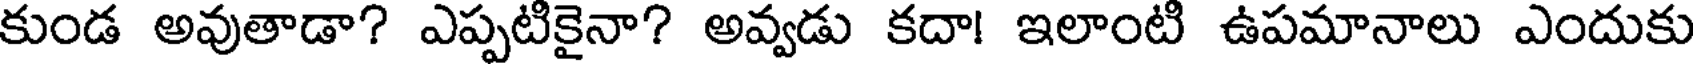
కుండ అవుతాడా? ఎప్పటికైనా? అవ్వడు కదా! ఇలాంటి ఉపమానాలు ఎందుకు